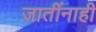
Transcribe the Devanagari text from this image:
जातींनाही